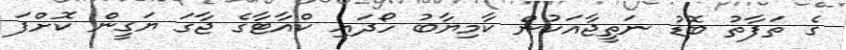
ގެ ތަފާތު ބޮޑު ނަތީޖާއަކުން ކާމިޔާބު ހޯދައި ކްއާޓާގެ ޖާގަ ޔަގީން ކޮށްފަ